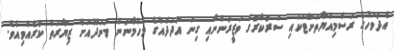
އެދުވަހުގެ ރަސްމިއްޔާތަށްޓަކައި ސަރުކާރުގެ ވަޒީރުންނާއި ގިނަ އަދަދެއްގެ މެހްމާނުން މަނަދޫއަށް ޒިޔާރަތް ކުރެއްވިއެވެ.